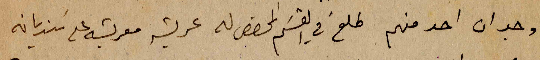
وجد ان احد منهم طلع في القسم المخصص له عريشة معربشة على سنديانه